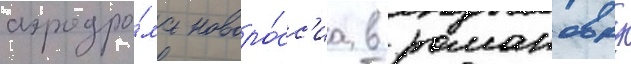
аэродро́ма новоро́сс'иа в романовку